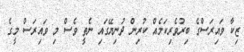
ޒިކާ ވައިރަސްގެ ބިރުވެރިކަމެއް ކުރިން ދުނިޔޭގައި ނެތީ ވެސް މި ވައިރަސް މީގެ